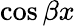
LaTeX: \cos{\beta x}